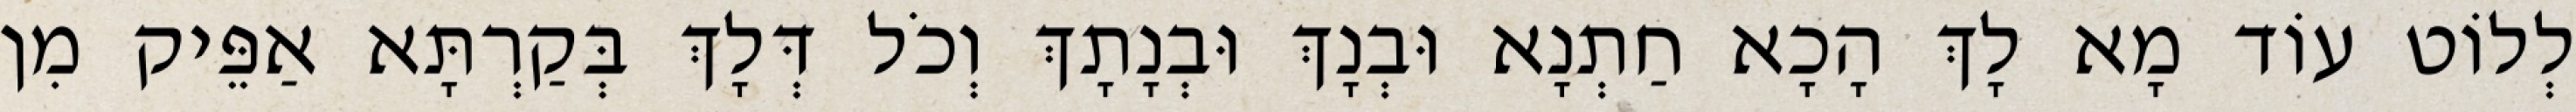
לְלוֹט עוֹד מָא לָךְ הָכָא חַתְנָא וּבְנָךְ וּבְנָתָךְ וְכֹל דְּלָךְ בְּקַרְתָּא אַפֵּיק מִן